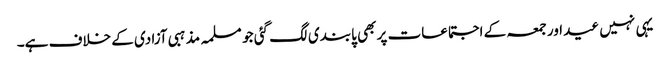
یہی نہیں عید اور جمعہ کے اجتماعات پر بھی پابندی لگ گئی جو مسلمہ مذہبی آزادی کے خلاف ہے۔